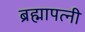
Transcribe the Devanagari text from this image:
ब्रह्मापत्नी